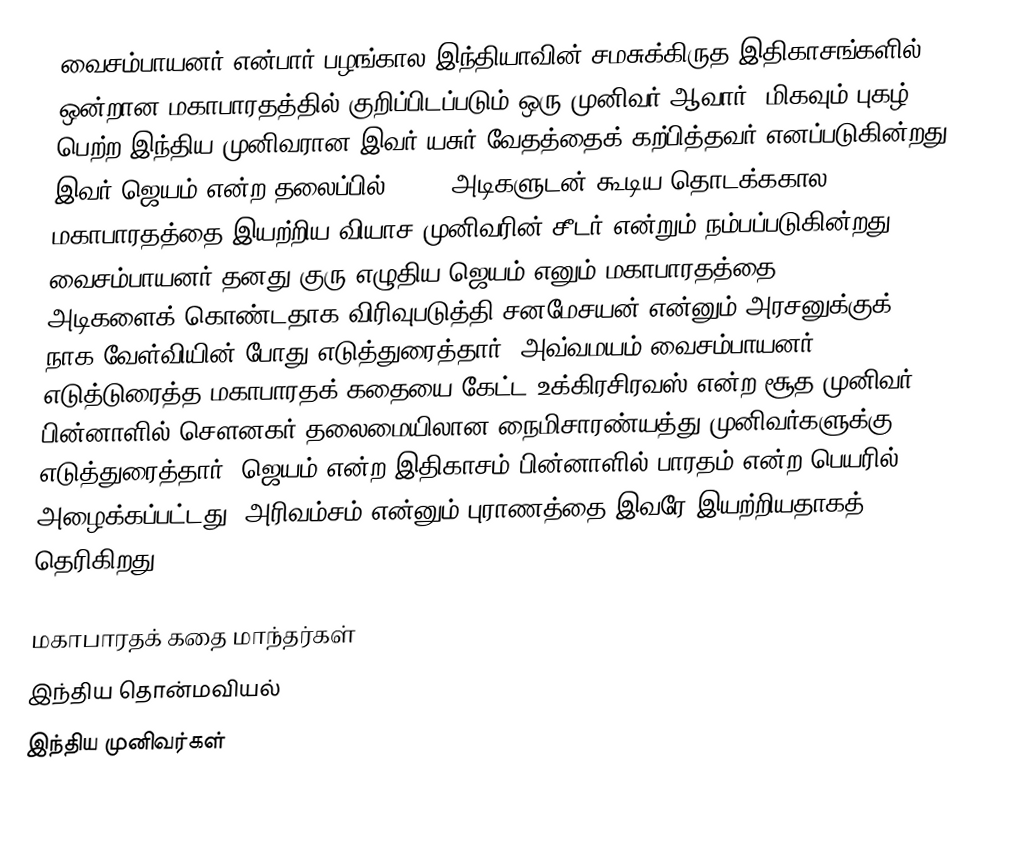
வைசம்பாயனர் என்பார் பழங்கால இந்தியாவின் சமசுக்கிருத இதிகாசங்களில் ஒன்றான மகாபாரதத்தில் குறிப்பிடப்படும் ஒரு முனிவர் ஆவார். மிகவும் புகழ் பெற்ற இந்திய முனிவரான இவர் யசுர் வேதத்தைக் கற்பித்தவர் எனப்படுகின்றது. இவர் ஜெயம்  என்ற தலைப்பில் 8,800 அடிகளுடன் கூடிய தொடக்ககால மகாபாரதத்தை இயற்றிய வியாச முனிவரின் சீடர் என்றும் நம்பப்படுகின்றது. வைசம்பாயனர் தனது குரு எழுதிய  ஜெயம் எனும் மகாபாரதத்தை 24,000 அடிகளைக் கொண்டதாக விரிவுபடுத்தி சனமேசயன் என்னும் அரசனுக்குக் நாக வேள்வியின் போது எடுத்துரைத்தார். அவ்வமயம் வைசம்பாயனர் எடுத்டுரைத்த மகாபாரதக் கதையை கேட்ட உக்கிரசிரவஸ் என்ற சூத முனிவர், பின்னாளில் சௌனகர் தலைமையிலான நைமிசாரண்யத்து முனிவர்களுக்கு எடுத்துரைத்தார். ஜெயம் என்ற இதிகாசம் பின்னாளில் பாரதம் என்ற பெயரில்  அழைக்கப்பட்டது. அரிவம்சம் என்னும் புராணத்தை இவரே இயற்றியதாகத் தெரிகிறது.

மகாபாரதக் கதை மாந்தர்கள்
இந்திய தொன்மவியல்
இந்திய முனிவர்கள்